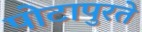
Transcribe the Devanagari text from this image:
पोटापुरते